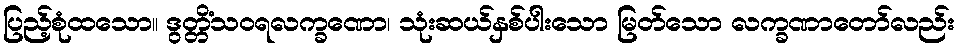
ပြည့်စုံထသော။ ဒွတ္တိံသဝရလက္ခဏော၊ သုံးဆယ်နှစ်ပါးသော မြတ်သော လက္ခဏာတော်လည်း